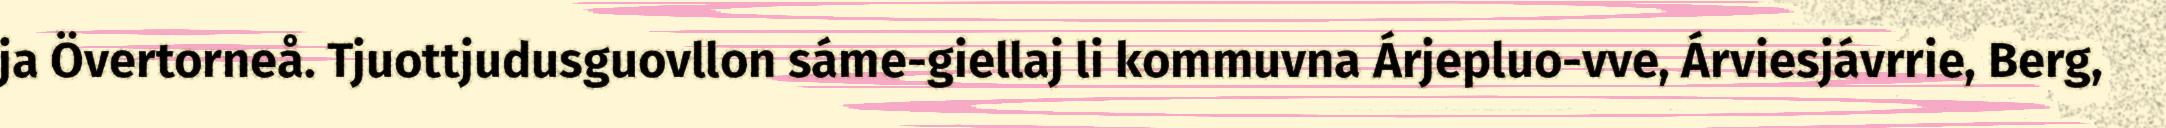
ja Övertorneå. Tjuottjudusguovllon sáme-giellaj li kommuvna Árjepluo-vve, Árviesjávrrie, Berg,